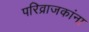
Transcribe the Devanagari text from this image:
परिव्राजकांना